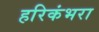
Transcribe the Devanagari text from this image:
हरिकंभरा